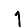
Digit: 1